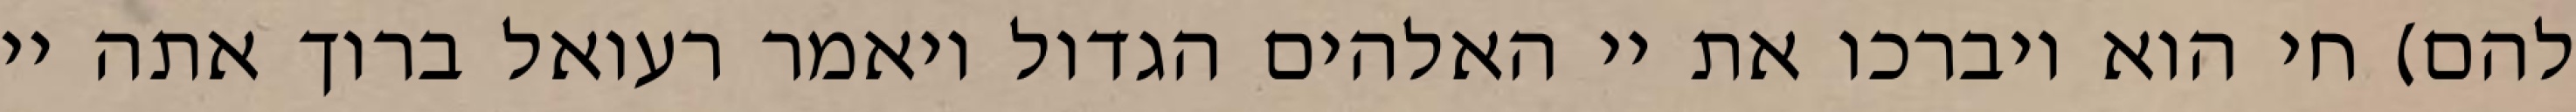
להם) חי הוא ויברכו את יי האלהים הגדול ויאמר רעואל ברוך אתה יי